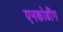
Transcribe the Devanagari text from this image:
एनकोडींग